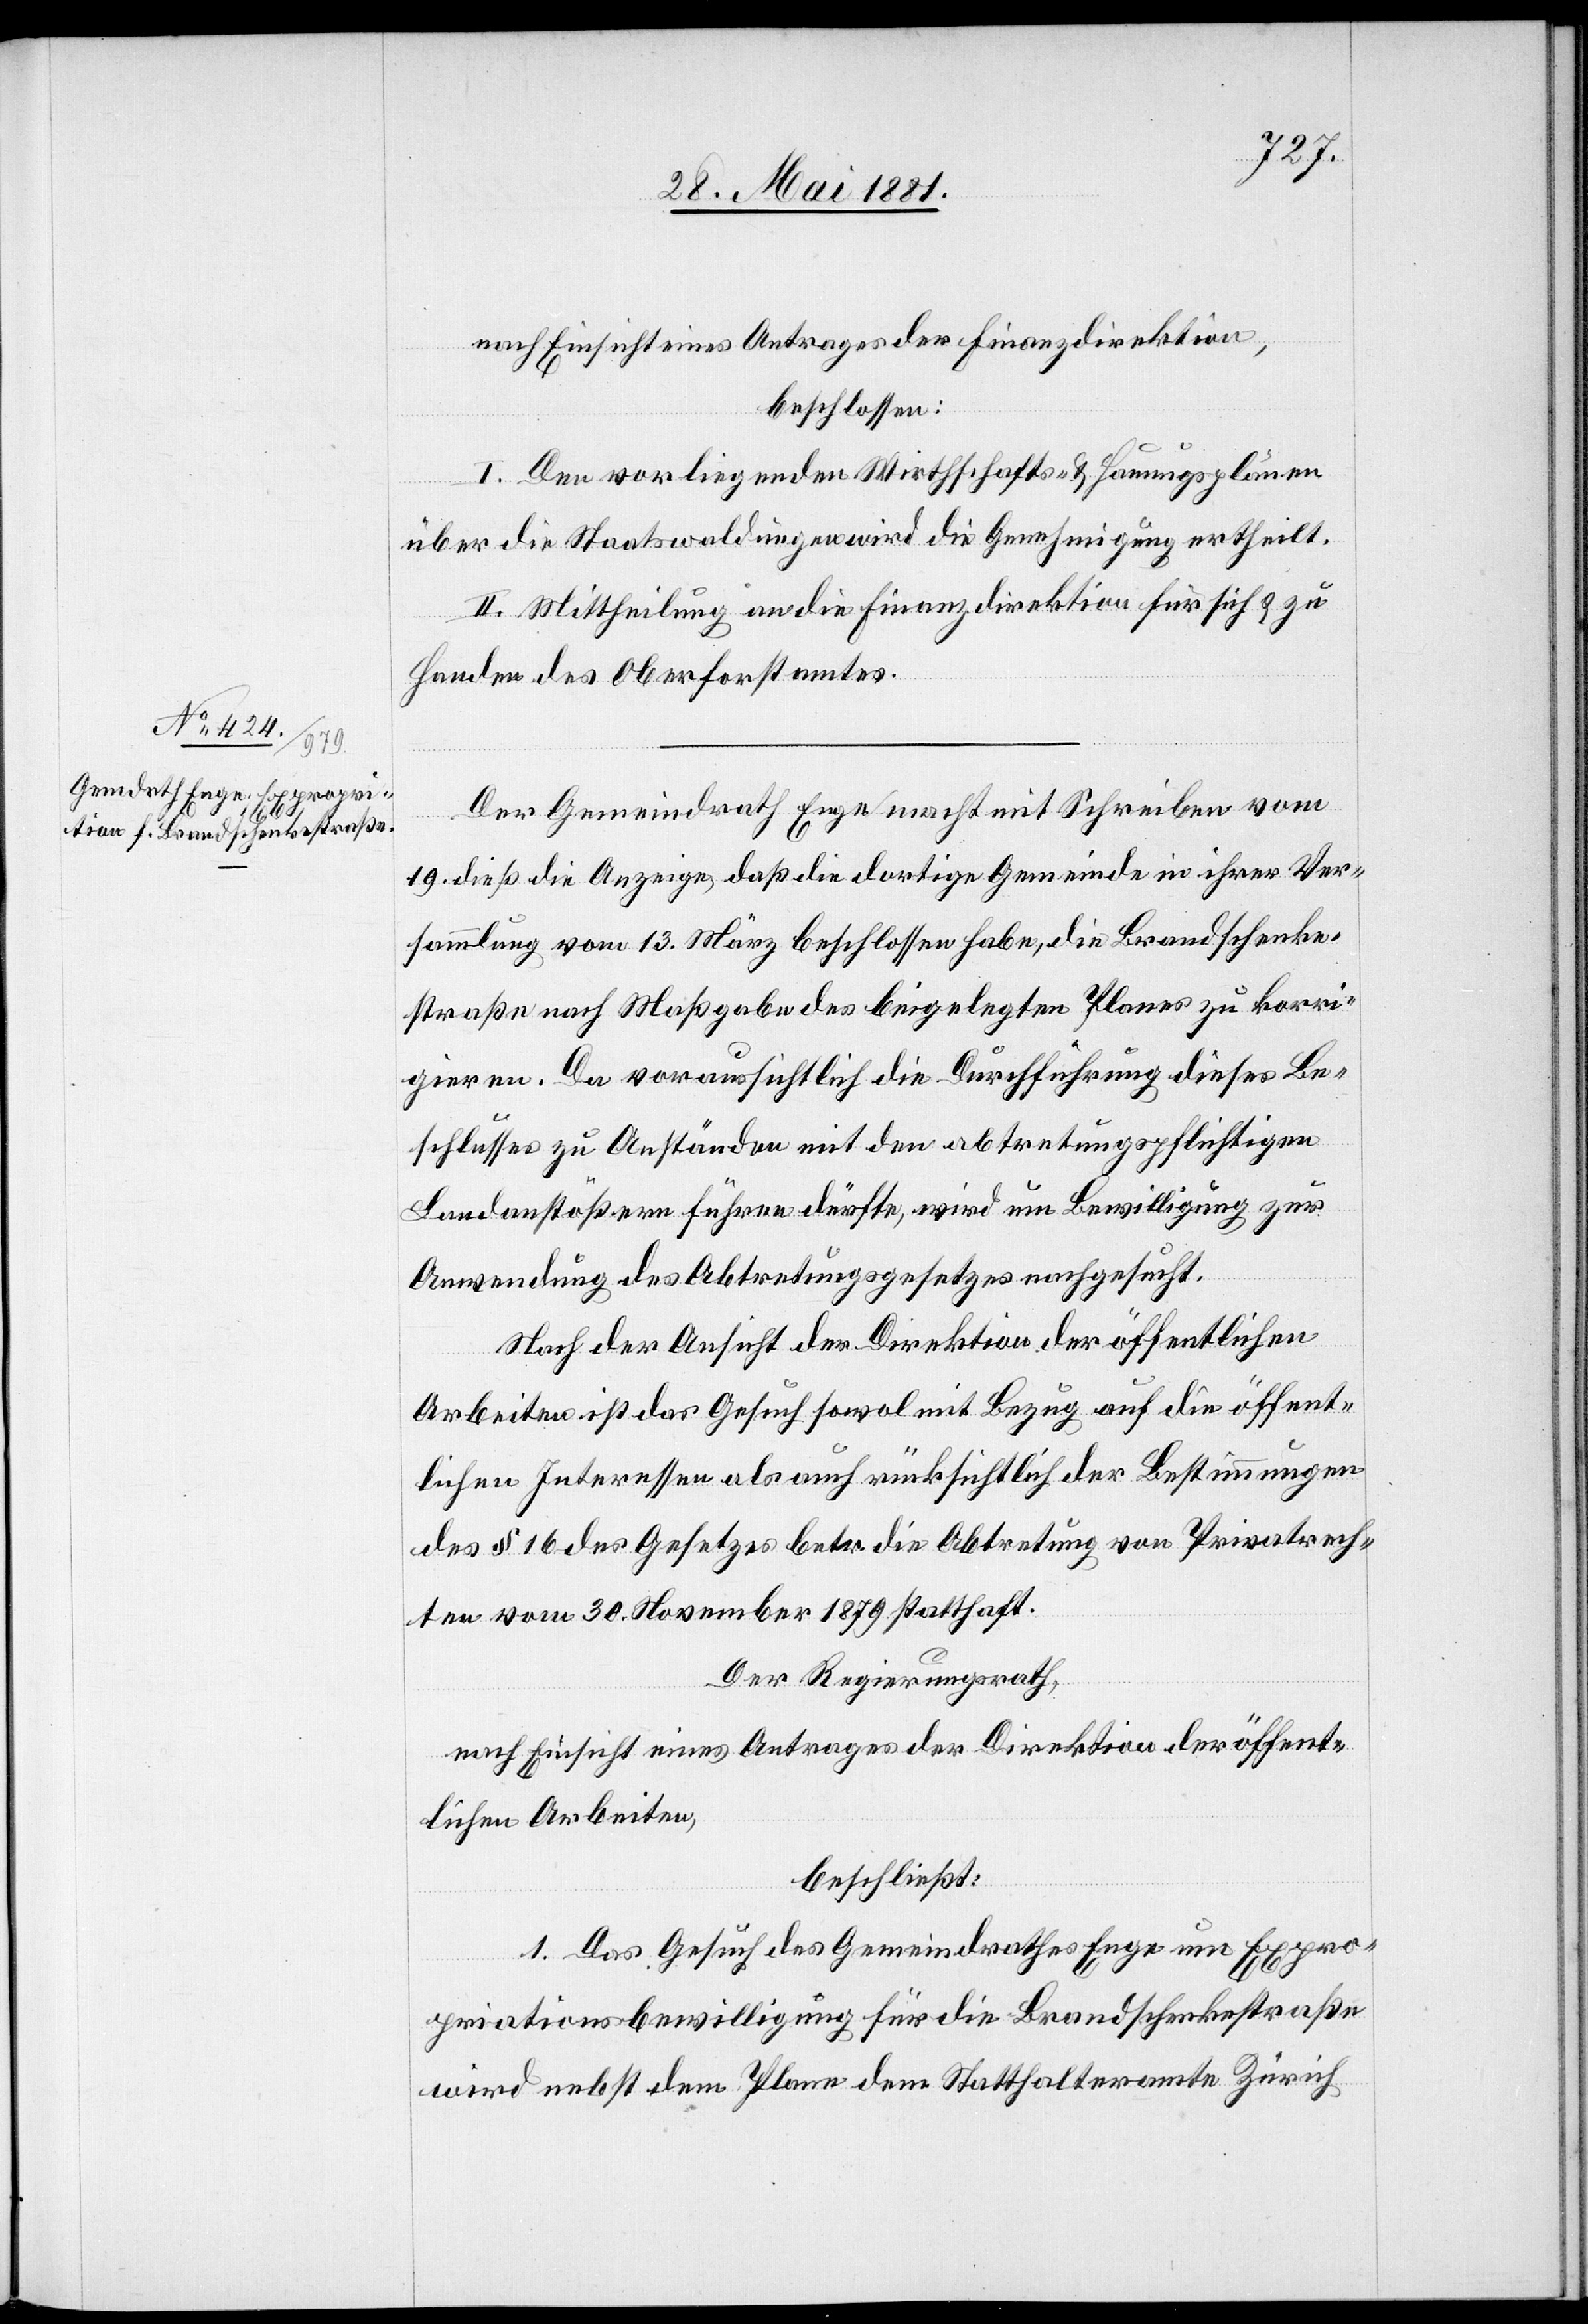
nach Einsicht eines Antrages der Finanzdirektion,
beschlossen:
I. Den vorliegenden Wirthschafts- & Hauungsplänen
über die Staatswaldungen wird die Genehmigung ertheilt.
II. Mittheilung an die Finanzdirektion für sich & zu
Handen des Oberforstamtes.
Der Gemeindrath Enge macht mit Schreiben vom
19. dieß die Anzeige, daß die dortige Gemeinde in ihrer Ver¬
sammlung vom 13. März beschlossen habe, die Bandschenke¬
straße nach Maßgabe des beigelegten Planes zu korri¬
gieren. Da voraussichtlich die Durchführung dieses Be¬
schlusses zu Anständen mit den abtretungspflichtigen
Landanstößern führen dürfte, wird um Bewilligung zur
Anwendung des Abtretungsgesetzes nachgesucht.
Nach der Ansicht der Direktion der öffentlichen
Arbeiten ist das Gesuch sowol mit Bezug auf die öffent¬
lichen Interessen als auch rücksichtlich der Bestimmungen
des § 16 des Gesetzes betr. die Abtretung von Privatrech¬
ten vom 30. November 1879 statthaft.
Der Regierungsrath,
nach Einsicht eines Antrages der Direktion der öffent¬
lichen Arbeiten,
beschließt:
1. Das Gesuch des Gemeindrathes Enge um Expro¬
priationsbewilligung für die Brandschenkestraße
wird nebst dem Plane dem Statthalteramt Zürich